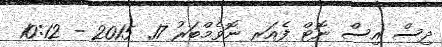
ދިސް އިސް ނޮޓް ފެއަރ ނޮވެމްބަރު 17